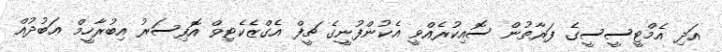
އަދި އެމްޓީސީސީގެ ފަރާތުން ސޮއިކުރެއްވީ އެކުންފުނީގެ ޗީފް އެގްޒެކެޓިވް އޮފިސަރު އިބުރާހީމް ޢަބުދުއް